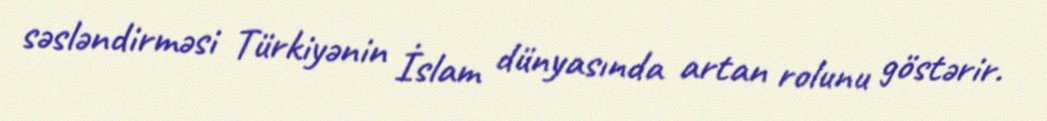
səsləndirməsi Türkiyənin İslam dünyasında artan rolunu göstərir.